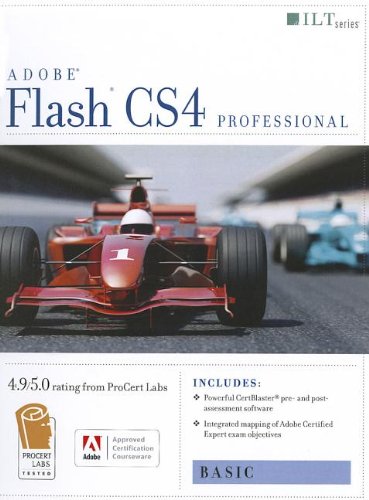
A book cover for Flash Cs4 Professional: Basic + Certblaster (ILT); Computers & Technology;